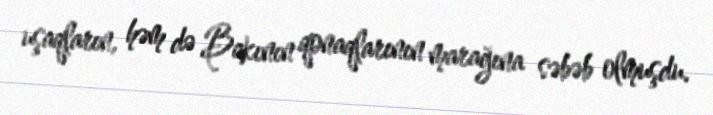
uşaqların, həm də Bakının qonaqlarının marağına səbəb olmuşdu.